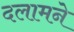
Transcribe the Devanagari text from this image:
दलामने